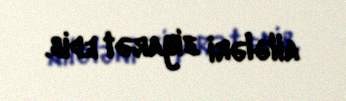
ailələri ziyarət edib.